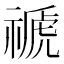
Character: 禠